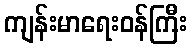
ကျန်းမာရေးဝန်ကြီး